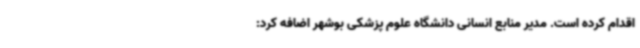
اقدام کرده است. مدیر منابع انسانی دانشگاه علوم پزشکی بوشهر اضافه کرد: